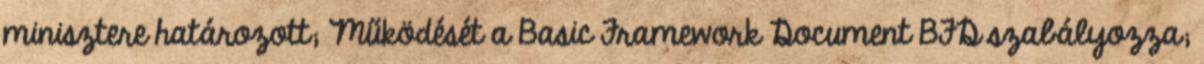
minisztere határozott; Működését a Basic Framework Document BFD szabályozza;